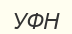
УФН